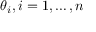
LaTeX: \theta _ { i } , i = 1 , \ldots , n